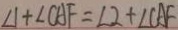
\angle 1 + \angle C A F = \angle 2 + \angle C A F